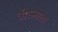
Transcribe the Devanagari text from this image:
त्रीरत्नाला